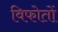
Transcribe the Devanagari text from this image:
विफोतों